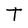
Character: T